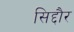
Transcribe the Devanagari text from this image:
सिद्दौर